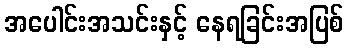
အပေါင်းအသင်းနှင့် နေရခြင်းအပြစ်